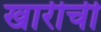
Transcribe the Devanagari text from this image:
खारीची